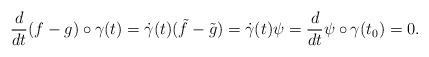
LaTeX: \begin{align*}\frac{d}{dt}(f-g)\circ \gamma(t)= \dot\gamma(t) (\tilde f-\tilde g) = \dot \gamma(t) \psi= \frac d{dt}\psi\circ \gamma(t_0) = 0.\end{align*}